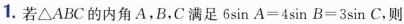
1.若△ABC的内角A，B，C满足$$6 \sinA = 4 \sin$$ $$B = 3 \sin C$$，则